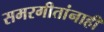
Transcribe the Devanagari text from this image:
समरगीतांनाही